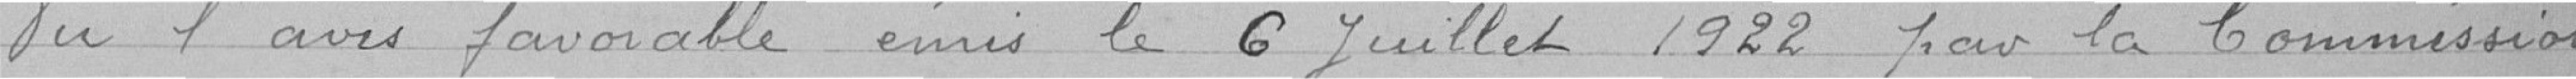
Vu l'avis favorable émis le 6 juillet 1922 par la Commission